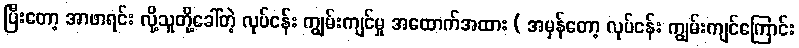
ပြီးတော့ အာဖာရင်း လို့သူတို့ခေါ်တဲ့ လုပ်ငန်း ကျွမ်းကျင်မှု အထောက်အထား ( အမှန်တော့ လုပ်ငန်း ကျွမ်းကျင်ကြောင်း